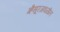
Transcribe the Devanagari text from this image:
म्हैसूरजवळील